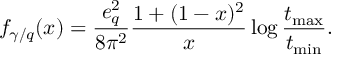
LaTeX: f _ { \gamma / q } ( x ) = \frac { e _ { q } ^ { 2 } } { 8 \pi ^ { 2 } } \frac { 1 + ( 1 - x ) ^ { 2 } } { x } \log \frac { t _ { \mathrm { { m a x } } } } { t _ { \mathrm { { m i n } } } } .